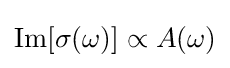
{\textstyle {\rm {Im}}[\sigma (\omega )]\propto A(\omega )}